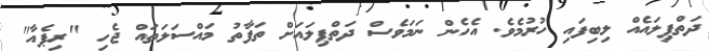
ދަތްޕިލައެއް ލިބިފައި ހުރުމެވެ. އެހެން ނަމަވެސް ދަތްޕިލައަށް ތަފާތު މައްސަލަތައް ޖެހި "ރިޕެއާ"